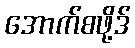
အောက်စဖို့ဒ်